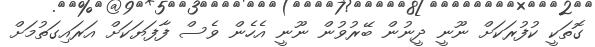
ގޮތަކީ ކުފުރަކަށް ނޫނީ ދީނުން ބޭރުވުން ނޫނީ އެހެން ވެސް ފާފަޔަކަށް އަރައިގަތުމަށް